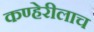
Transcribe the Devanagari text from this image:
कण्हेरीलाच